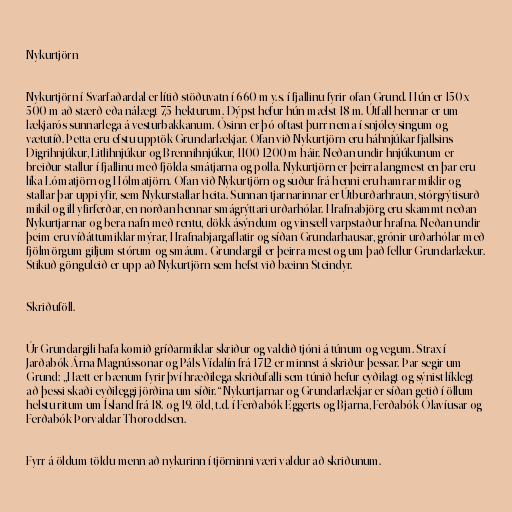
Nykurtjörn

Nykurtjörn í Svarfaðardal er lítið stöðuvatn í 660 m y.s. í fjallinu fyrir ofan Grund. Hún er 150 x
500 m að stærð eða nálægt 7,5 hekturum. Dýpst hefur hún mælst 18 m. Útfall hennar er um
lækjarós sunnarlega á vesturbakkanum. Ósinn er þó oftast þurr nema í snjóleysingum og
vætutíð. Þetta eru efstu upptök Grundarlækjar. Ofan við Nykurtjörn eru háhnjúkar fjallsins
Digrihnjúkur, Litlihnjúkur og Brennihnjúkur, 1100-1200 m háir. Neðan undir hnjúkunum er
breiður stallur í fjallinu með fjölda smátjarna og polla. Nykurtjörn er þeirra langmest en þar eru
líka Lómatjörn og Hólmatjörn. Ofan við Nykurtjörn og suður frá henni eru hamrar miklir og
stallar þar uppi yfir, sem Nykurstallar heita. Sunnan tjarnarinnar er Útburðarhraun, stórgrýtisurð
mikil og ill yfirferðar, en norðan hennar smágrýttari urðarhólar. Hrafnabjörg eru skammt neðan
Nykurtjarnar og bera nafn með rentu, dökk ásýndum og vinsæll varpstaður hrafna. Neðan undir
þeim eru víðáttumiklar mýrar, Hrafnabjargaflatir og síðan Grundarhausar, grónir urðarhólar með
fjölmörgum giljum stórum og smáum. Grundargil er þeirra mest og um það fellur Grundarlækur.
Stikuð gönguleið er upp að Nykurtjörn sem hefst við bæinn Steindyr.

Skriðuföll.

Úr Grundargili hafa komið gríðarmiklar skriður og valdið tjóni á túnum og vegum. Strax í
Jarðabók Árna Magnússonar og Páls Vídalín frá 1712 er minnst á skriður þessar. Þar segir um
Grund: „Hætt er bænum fyrir því hræðilega skriðufalli sem túnið hefur eyðilagt og sýnist líklegt
að þessi skaði eyðileggi jörðina um síðir.“ Nykurtjarnar og Grundarlækjar er síðan getið í öllum
helstu ritum um Ísland frá 18. og 19. öld, t.d. í Ferðabók Eggerts og Bjarna, Ferðabók Ólavíusar og
Ferðabók Þorvaldar Thoroddsen.

Fyrr á öldum töldu menn að nykurinn í tjörninni væri valdur að skriðunum.